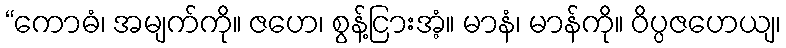
“ကောဓံ၊ အမျက်ကို။ ဇဟေ၊ စွန့်ငြားအံ့။ မာနံ၊ မာန်ကို။ ဝိပ္ပဇဟေယျ၊